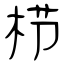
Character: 栉